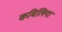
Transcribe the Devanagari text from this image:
कबिलिया